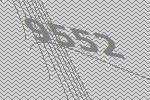
9552